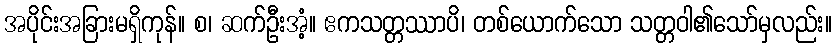
အပိုင်းအခြားမရှိကုန်။ စ၊ ဆက်ဦးအံ့။ ဧကသတ္တဿာပိ၊ တစ်ယောက်သော သတ္တဝါ၏သော်မှလည်း။